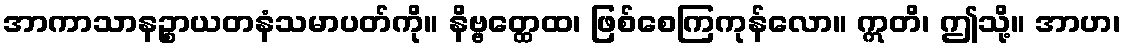
အာကာသာနဉ္စာယတနံသမာပတ်ကို။ နိဗ္ဗတ္ထေထ၊ ဖြစ်စေကြကုန်လော။ ဣတိ၊ ဤသို့။ အာဟ၊